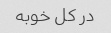
در کل خوبه